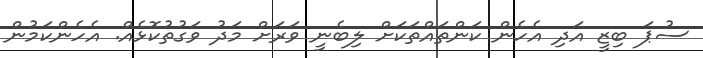
ސުޕަ ބިޒީ އަދި އެހެން ކަންތައްތަކަށް ލިބެނީ ވަރަށް މަދު ވަގުތުކޮޅެއް. އެހެންކަމުން